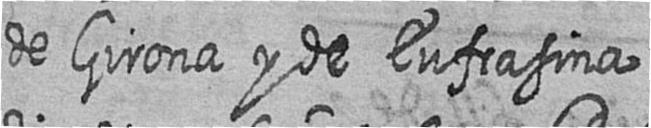
de Girona y de Eufrasina